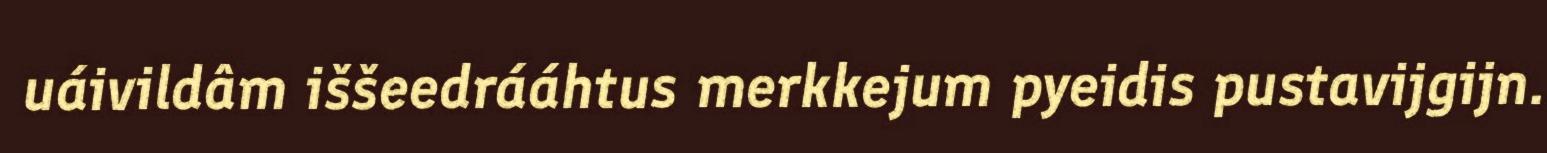
uáivildâm iššeedrááhtus merkkejum pyeidis pustavijgijn.